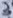
Text: 3